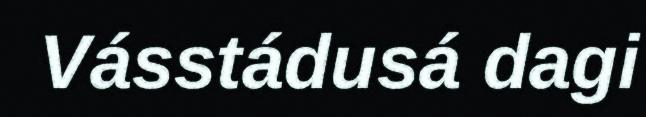
Vásstádusá dagi